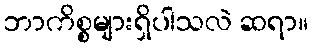
ဘာကိစ္စများရှိပါသလဲ ဆရာ။